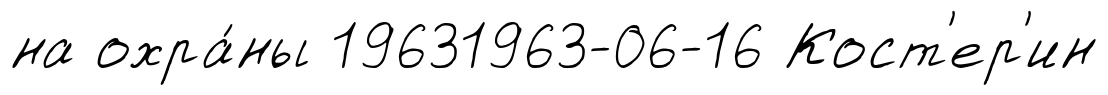
на охра́ны 19631963-06-16 Кост'ер'ин